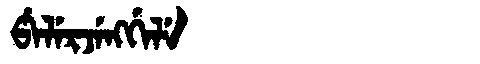
Manchu: ᡦᡝᠯᡝᡵᠵᡝᠩᡤᡝᠯᡝ
Romanization: PELERJENGGELE